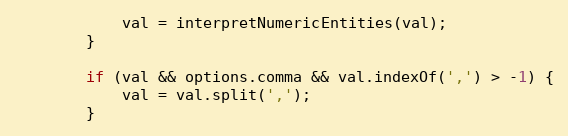
Language: JavaScript
            val = interpretNumericEntities(val);
        }

        if (val && options.comma && val.indexOf(',') > -1) {
            val = val.split(',');
        }